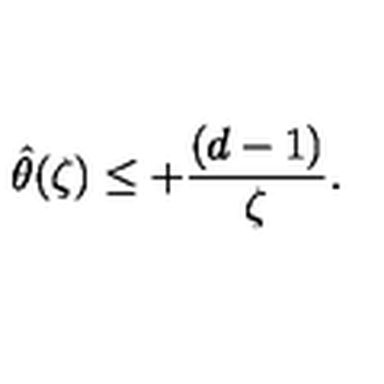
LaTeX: { \hat { \theta } ( \zeta ) } \leq + { \frac { ( d - 1 ) } { \zeta } } .